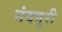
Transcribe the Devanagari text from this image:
नंदमुरी